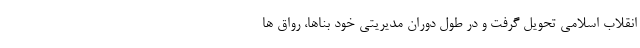
انقلاب اسلامی تحویل گرفت و در طول دوران مدیریتی خود بناها، رواق ها